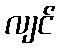
လျင်